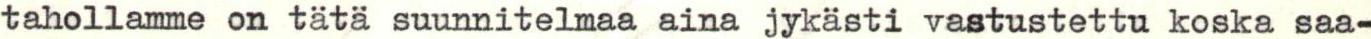
tahollamme on tätä suunnitelmaa aina jykästi vastustettu koska saa-